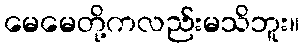
မေမေတို့ကလည်းမသိဘူး။